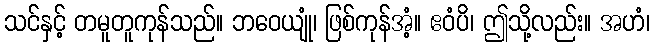
သင်နှင့် တမူတူကုန်သည်။ ဘဝေယျုံ၊ ဖြစ်ကုန်အံ့။ ဧဝံပိ၊ ဤသို့လည်း။ အဟံ၊